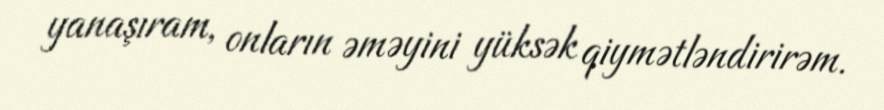
yanaşıram, onların əməyini yüksək qiymətləndirirəm.